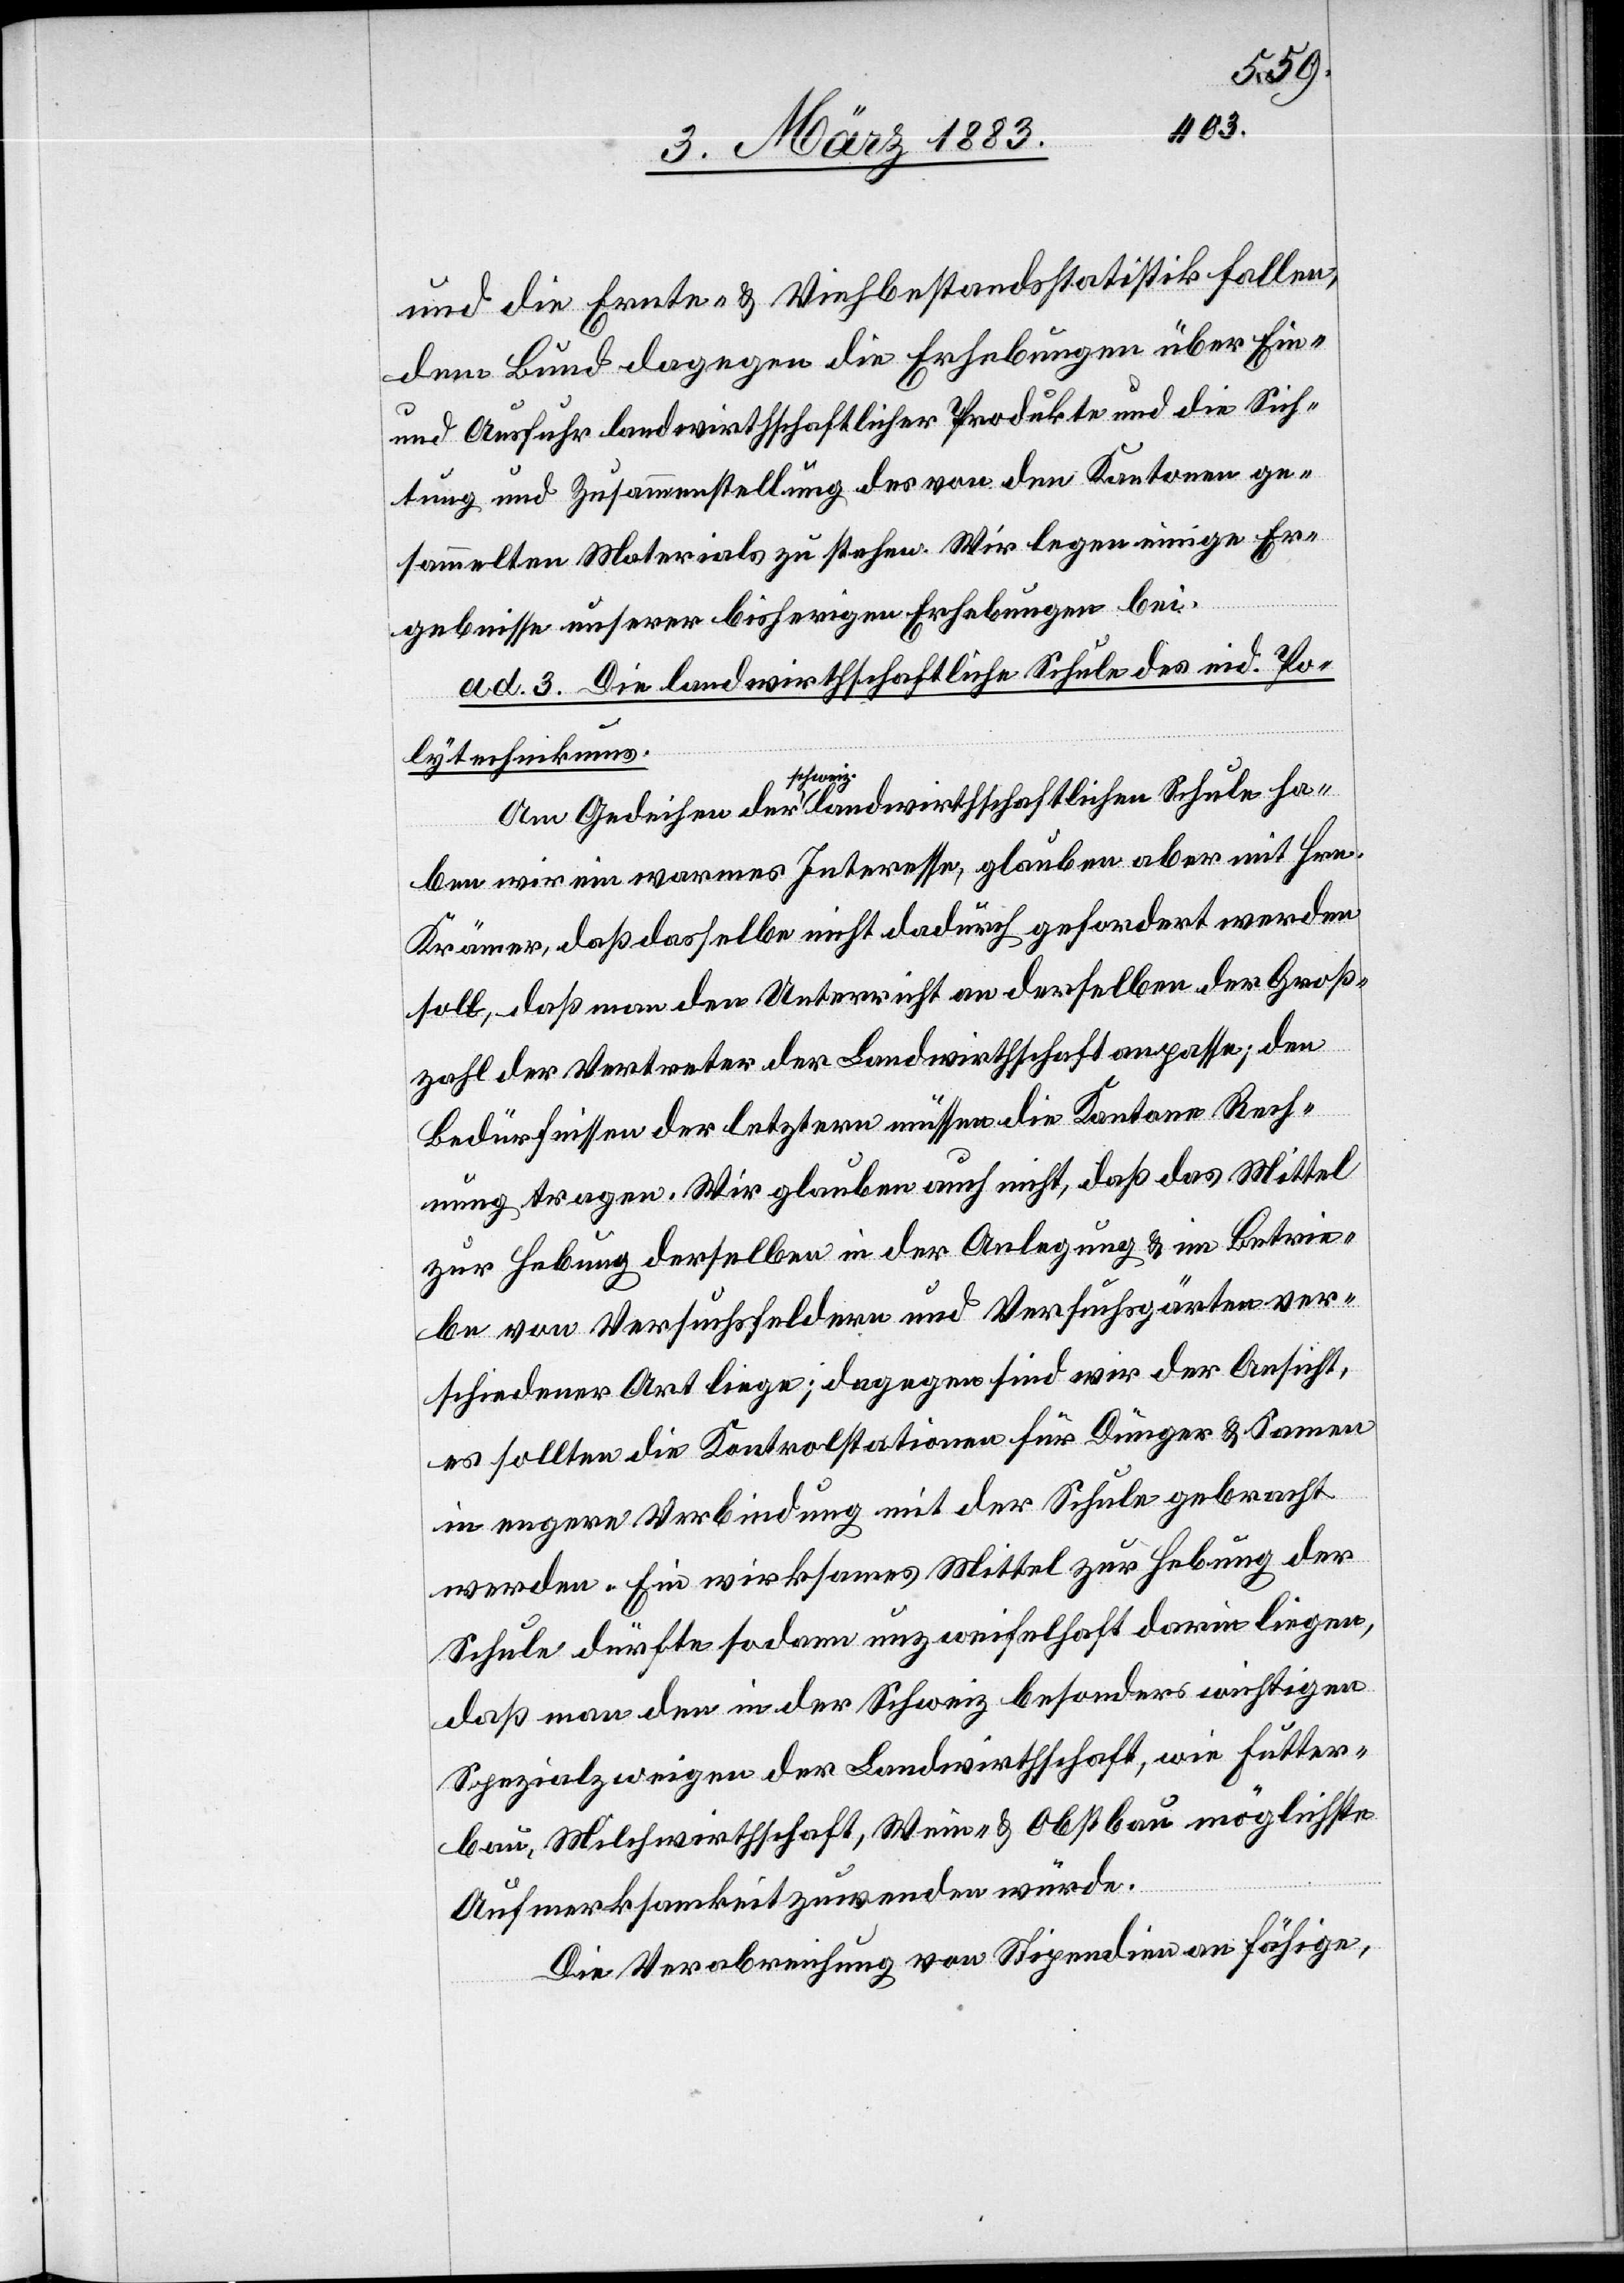
und die Ernte- & Viehbestandsstatistik fallen,
dem Bund dagegen die Erhebungen über Ein-
und Ausfuhr landwirthschaftlicher Produkte und die Sich¬
tung und Zusammenstellung des von den Kantonen ge¬
sammelten Materials zustehen. Wir legen einige Er¬
gebnisse unserer bisherigen Erhebungen bei.
ad 3. Die landwirthschaftliche Schule des eid. Po¬
lytechnikums.
schweiz.
haben wir ein warmes Interesse, glauben aber mit Hrn.
Krämer, daß dasselbe nicht dadurch gefordert [sic!] werden
soll, daß man den Unterricht an derselben der Groß¬
zahl der Vertreter der Landwirthschaft anpasse; den
Bedürfnissen der letztern müssen die Kantone Rech¬
nung tragen. Wir glauben auch nicht, daß das Mittel
zur Hebung derselben in der Anlegung & im Betrie¬
be von Versuchsfeldern und Versuchsgärten ver¬
schiedener Art liege; dagegen sind wir der Ansicht,
es sollten die Kontrolstationen für Dünger & Samen
in engere Verbindung mit der Schule gebracht
werden. Ein wirksames Mittel zur Hebung der
Schule dürfte sodann unzweifelhaft darin liegen,
daß man den in der Schweiz besonders wichtigen
Spezialzweigen der Landwirthschaft, wie Futter¬
bau, Milchwirthschaft, Wein- & Obstbau möglichste
Aufmerksamkeit zuwenden würde.
Die Verabreichung von Stipendien an fähige,